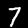
Digit: 7